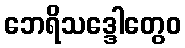
ဘေရိသဒ္ဒေါတွေဝ